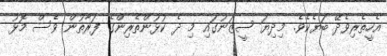
އެހީތެރިވެދޭ ބަޔެކެވެ. މިދިޔަ ސީޒަނުގައި މި ދެ ކުޅުންތެރިންގެ ފަރާތުން ވެސް މޮޅު